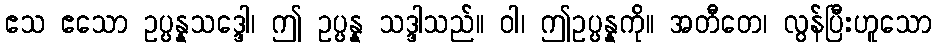
ဧသ ဧသော ဥပ္ပန္နသဒ္ဒေါ၊ ဤ ဥပ္ပန္န သဒ္ဒါသည်။ ဝါ၊ ဤဥပ္ပန္နကို။ အတီတေ၊ လွန်ပြီးဟူသော